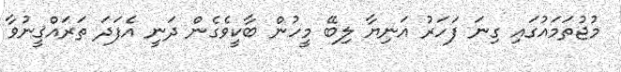
މުޖުތަމައުގައި ގިނަ ފަހަރު އަނިޔާ ލިބޭ މީހުން ބާކީވެގެން ދަނީ އެފަދަ ތަރައްޤީނުވާ